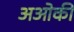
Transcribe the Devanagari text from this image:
अओकी